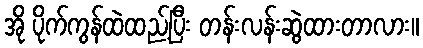
အို ပိုက်ကွန်ထဲထည့်ပြီး တန်းလန်းဆွဲထားတာလား။